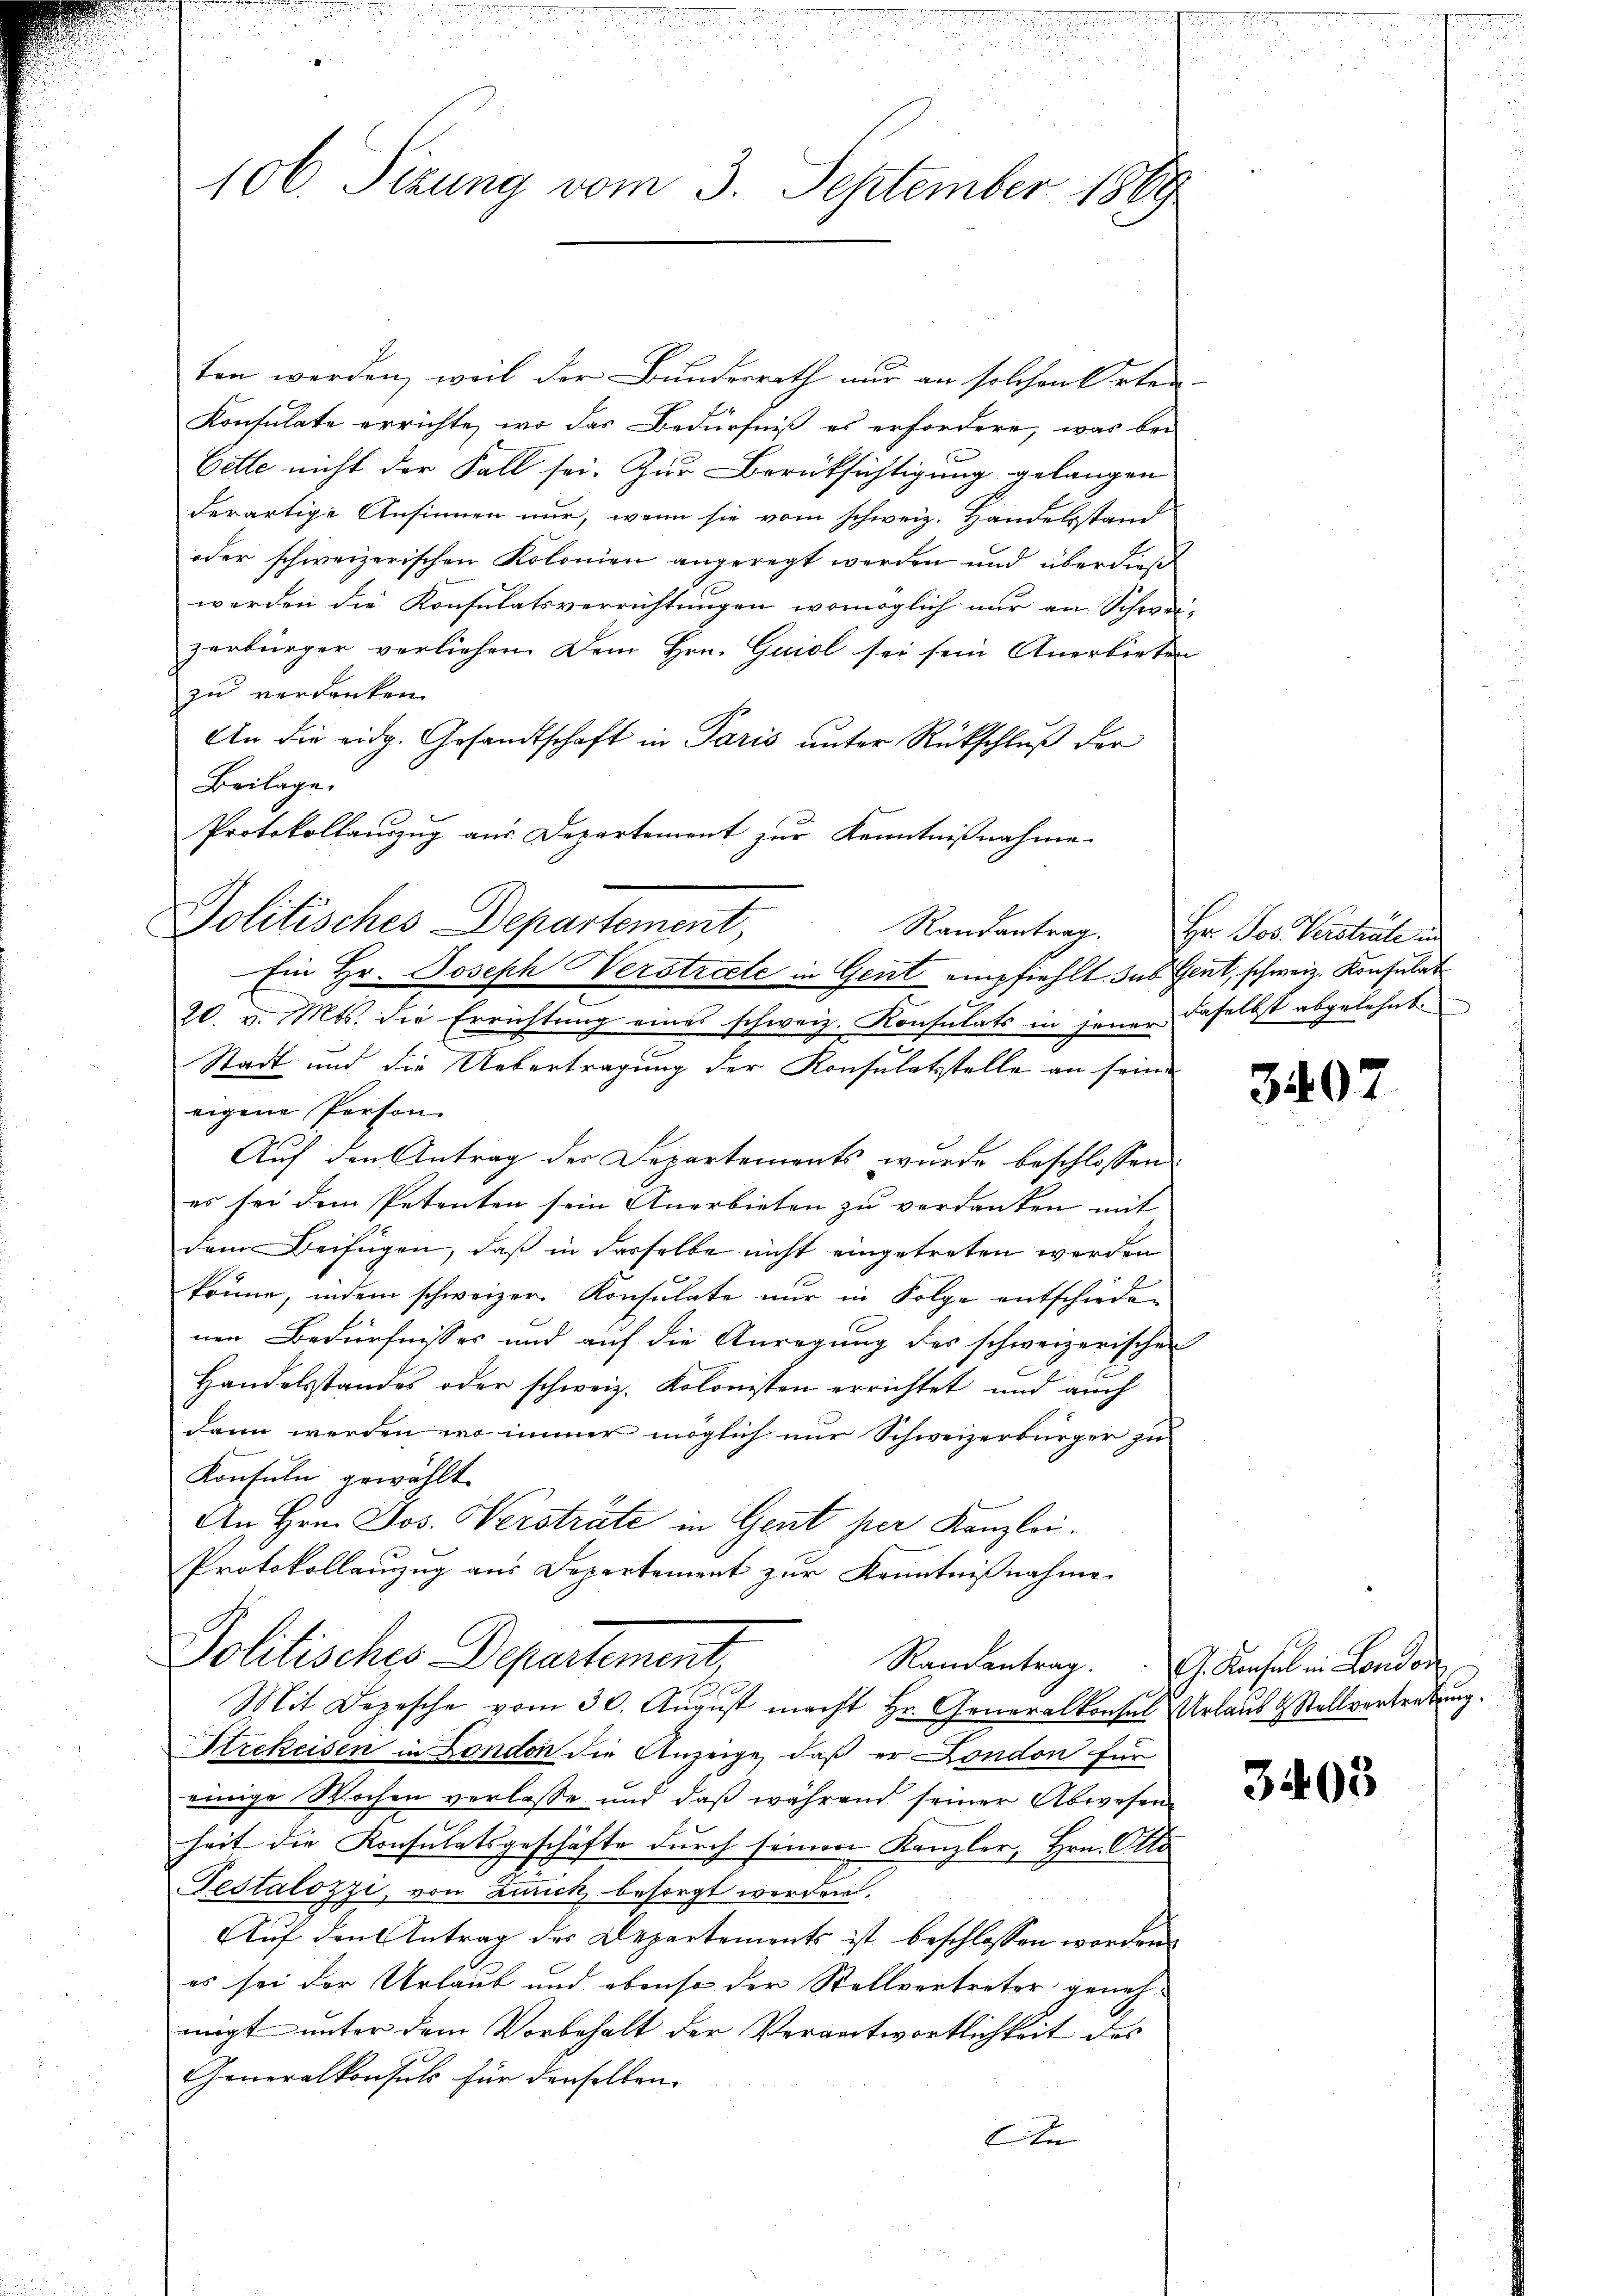
106. Sizung vom 3. September 1889

ten werden, weil der Bundesrath nur an solchen Orten
Konsulate errichte, wo das Bedürfniß es erfordere, was bei
Cette nicht der Fall sei. Zur Berücksichtigung gelangen
derartige Ansinnen nur, wenn sie vom schweiz. Handelsstand
oder schweizerischen Kolonien angeregt werden und überdieß
werden die Konsulatsverrichtungen womöglich nur an Schweizerbürger verliehen. Dem Hrn. Guiol sei sein Anerbieten
zu verdanken.
An die eidg. Gesandtschaft in Paris unter Rückschluß der
Beilage.
Protokollauszug aus Departement zur Kenntnißnahme
Politisches Departement,

Ein Hr. Joseph Verstrate in Gent empfiehlt. das Gent, schweiz. Konsulat

20. v. Mts. die Errichtŭng eines schweiz. Konsulats in jener daselbst abgelehnt
Stadt und die Uebertragung der Konsulatstelle an seine
eigene Person.
Auf den Antrag der Departements wurde beschlossen:
es sei dem Petenten sein Anerbieten zu verdanken mit
dem Beifügen, daß in dasselbe nicht eingetreten werden
könne, indem schweizer Konsulate nur in Folge entschieden.
nen Bedürfnisses und auf die Anregung des schweizerischen
Handelsstandes oder schweiz. Kolonisten errichtet und auch
dann werden wo immer möglich nur Schweizerbürger zu
Konsuln gewählt.
An Hrn. Jos. Verstrate in Gent per Kanzlei.
Protokollanzug aus Departement zur Kenntnißnahme.

Politisches Departement,
Randantrag.
Mit Depesche vom 30. Aŭgŭst macht Hr. Generalkonsul Urlaus & Stellvertretung.

Strekeisen in London die Anzeige, daß er London für
einige Wochen verlasse und daß während seiner Abwesen
heit die Konsulatsgeschäfte durch seinen Kanzler, Hrn. Otto
Testalozzi, von Zürich besorgt werden.
Auf den Antrag des Departements ist beschlossen worden.
es sei der Urlaub und ebenso der Stellvertreter genehmigt unter dem Vorbehalt der Verantwortlichkeit des
Generalkonsuls für denselben.
An

Randantrag. Hr. Jos Verstrate in

3407

G. Konsul in Londor

3403